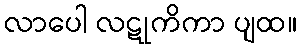
လာပေါ လဋုကိကာ ပျထ။